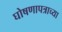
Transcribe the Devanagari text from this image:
घोषणापत्राच्या